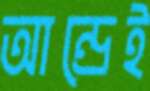
আন্দ্রেই